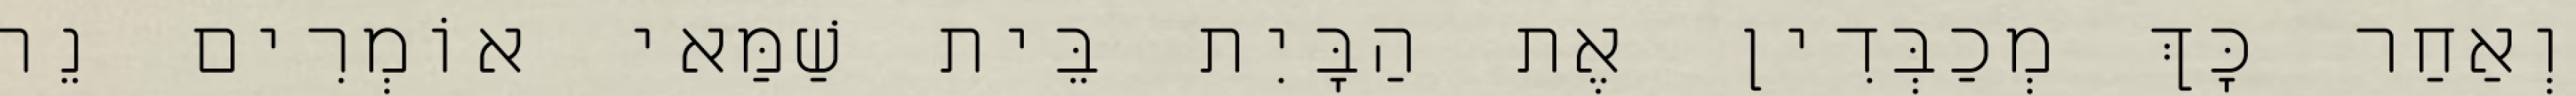
וְאַחַר כָּךְ מְכַבְּדִין אֶת הַבָּיִת בֵּית שַׁמַּאי אוֹמְרִים נֵר